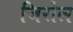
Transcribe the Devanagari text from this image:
जिरोल